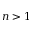
n > 1